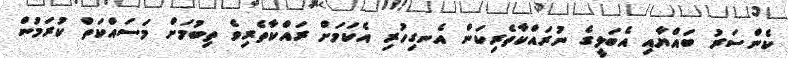
ކެންސަރު ބައްޔާއި އެބަލީގެ ނުރައްކާތެރިކަން އެނގިހުރި އެކަމަށް ރައްކާތެރިވެ ތިބުމަށް މަސައްކަތް ކުރަމުން